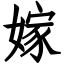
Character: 嫁